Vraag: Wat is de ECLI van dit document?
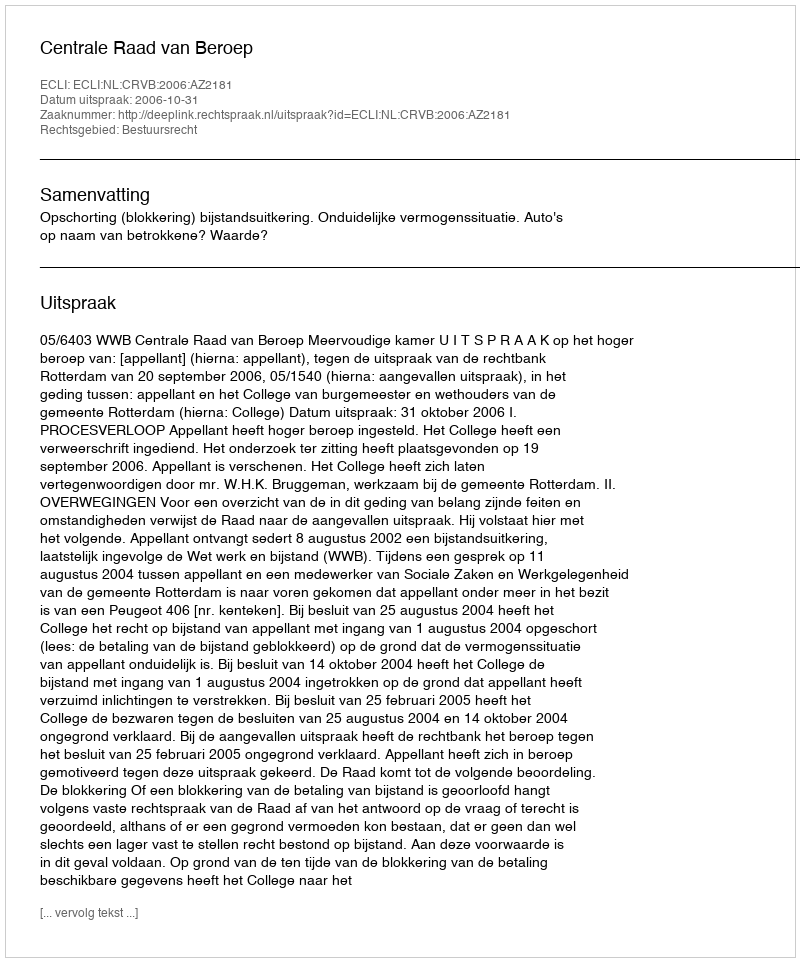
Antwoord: ECLI:NL:CRVB:2006:AZ2181